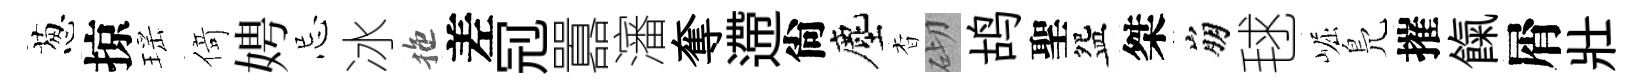
葱掠瑶𠋣娉忌冰拖差𠜍囂瀋奪遰尙塵杳砌鸪聖盌桀崩毬崛鳬摧餼屑壯